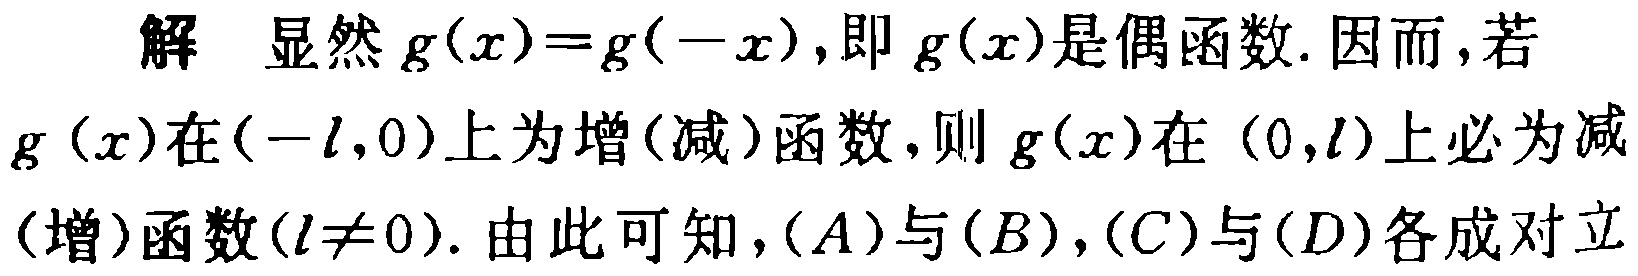
解 显然 \(g(x)=g(-x)\)，即 \(g(x)\)是偶函数. 因而，若 \(g(x)\)在\((-l,0)\)上为增(减)函数，则 \(g(x)\)在 \((0,l)\)上必为减(增)函数\((l\neq 0)\). 由此可知，\((A)\)与\((B)\)，\((C)\)与\((D)\)各成对立